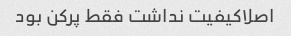
اصلاکیفیت نداشت فقط پرکن بود